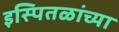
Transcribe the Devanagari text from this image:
इस्पितळांच्या